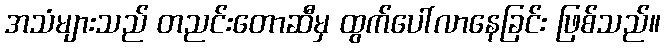
အသံများသည် တညင်းတောဆီမှ ထွက်ပေါ်လာနေခြင်း ဖြစ်သည်။